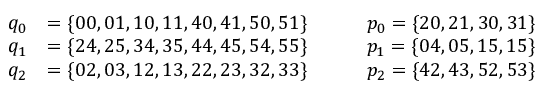
\begin{array} { r l } { q _ { 0 } } & { = \{ 0 0 , 0 1 , 1 0 , 1 1 , 4 0 , 4 1 , 5 0 , 5 1 \} \qquad \quad p _ { 0 } = \{ 2 0 , 2 1 , 3 0 , 3 1 \} } \\ { q _ { 1 } } & { = \{ 2 4 , 2 5 , 3 4 , 3 5 , 4 4 , 4 5 , 5 4 , 5 5 \} \qquad \quad p _ { 1 } = \{ 0 4 , 0 5 , 1 5 , 1 5 \} } \\ { q _ { 2 } } & { = \{ 0 2 , 0 3 , 1 2 , 1 3 , 2 2 , 2 3 , 3 2 , 3 3 \} \qquad \quad p _ { 2 } = \{ 4 2 , 4 3 , 5 2 , 5 3 \} } \end{array}